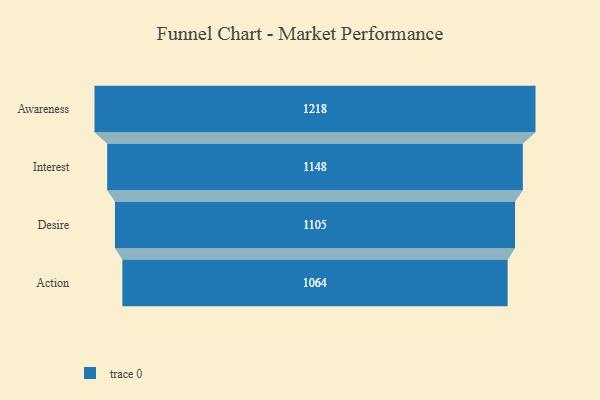
{"axis": {"x": "Stage", "y": "Value"}, "legend": [""], "data": [{"x": "Awareness", "y": 1218.0, "type": ""}, {"x": "Interest", "y": 1148.0, "type": ""}, {"x": "Desire", "y": 1105.0, "type": ""}, {"x": "Action", "y": 1064.0, "type": ""}]}